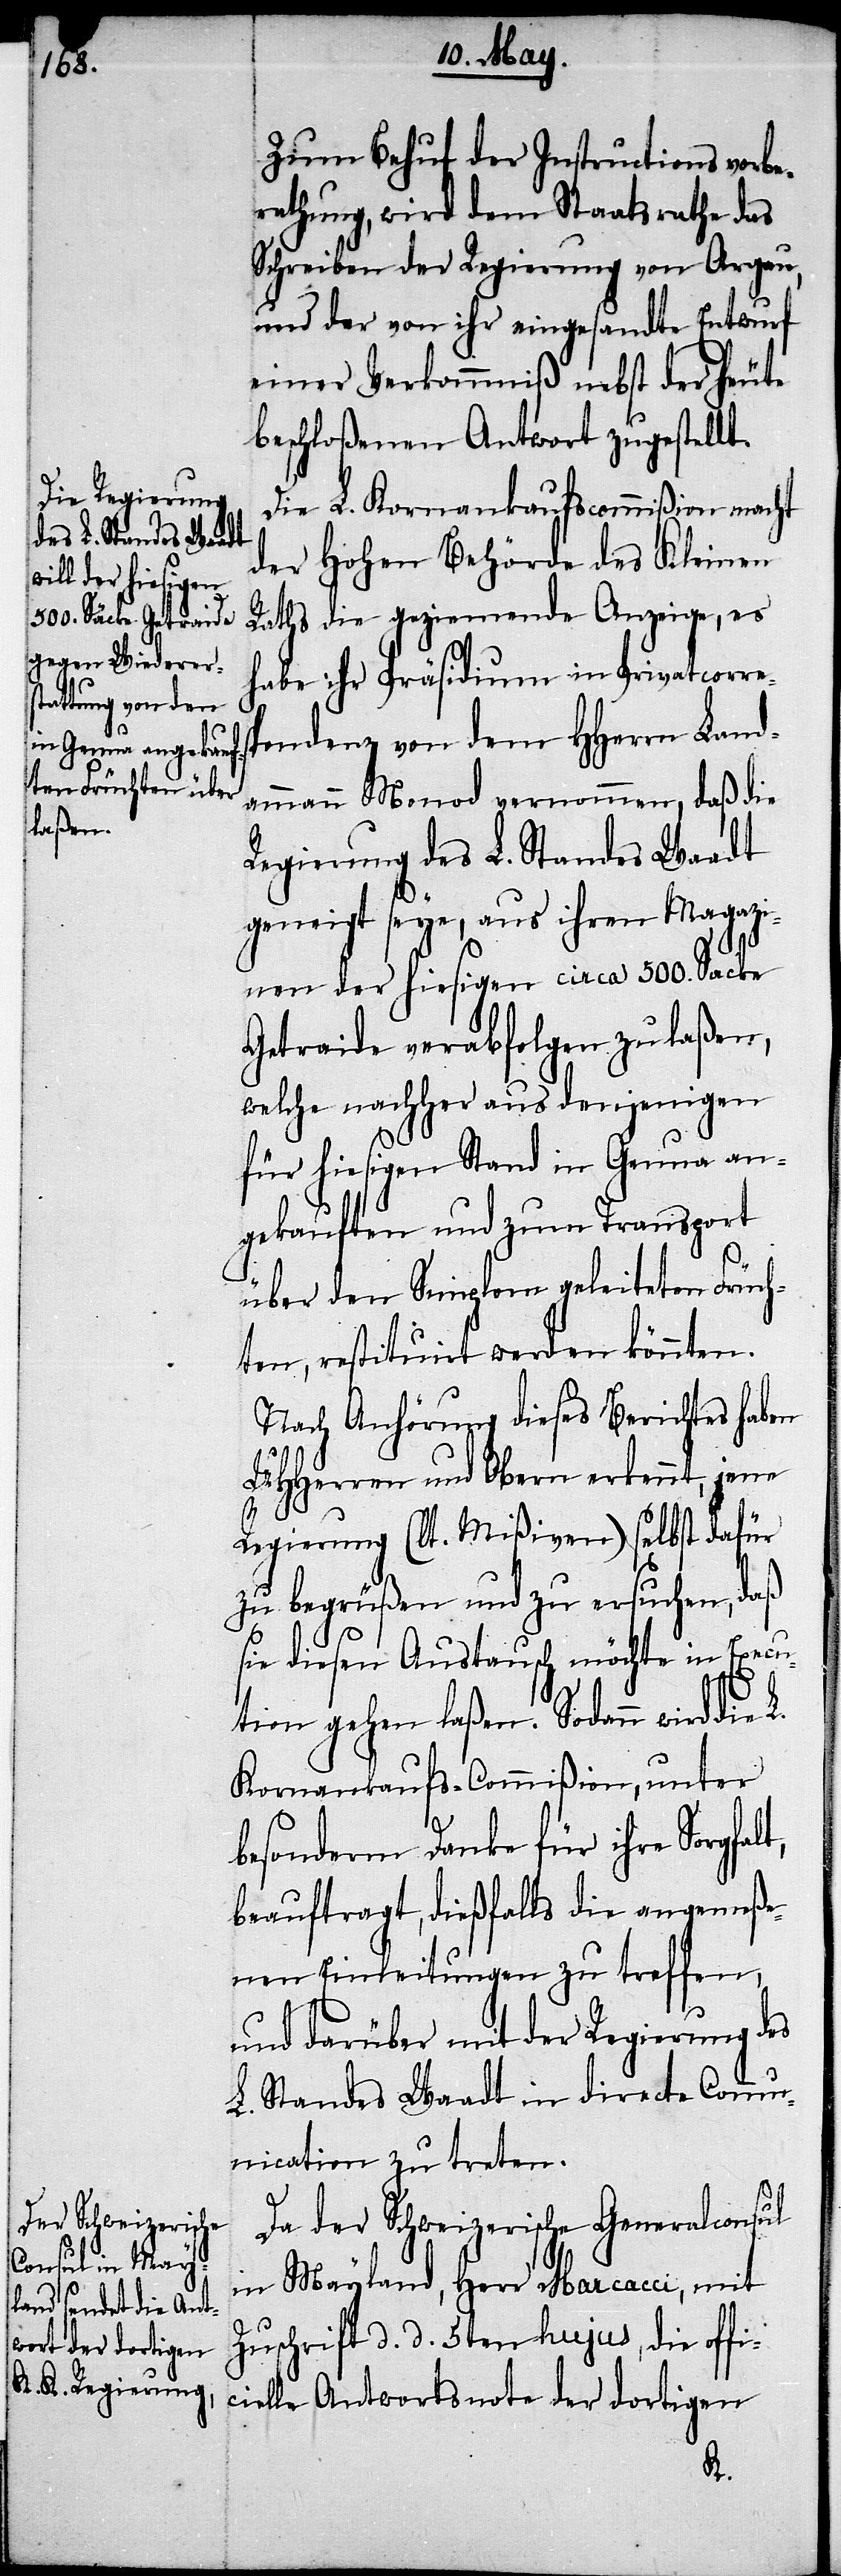
Zum Behuf der Instructionsvorbe¬
rathung, wird dem Staatsrathe das
Schreiben der Regierung von Argau,
und der von ihr eingesandte Entwurf
einer Verkommniß nebst der heute
beschloßenen Antwort zugestellt.
Die L. Kornankaufscommißion macht
der Hohen Behörde des Kleinen
Raths die geziemende Anzeige, es
habe ihr Präsidium in Privatcorre¬
pondenz von dem HHerrn Land¬
ammann Monod vernommen, daß die
Regierung des L. Standes Waadt
geneigt seye, aus ihren Magazi¬
nen der hiesigen circa 500. Säcke
Getraide verabfolgen zu laßen,
welche nachher aus denjenigen
für hiesigen Stand in Genua an¬
gekauften und zum Transport
über den Simplon geleiteten Früch¬
ten, restituirt werden könnten.
Nach Anhörung dieses Berichtes haben
UHHerren und Obern erkennt, jene
Regierung (lt. Mißiven) selbst dafür
zu begrüßen und zu ersuchen, daß
sie diesen Austausch möchte in Execu¬
s¬
tion gehen laßen. Sodann wird die L.
Kornankaufs-Commißion, unter
besonderm Danke für ihre Sorgfalt,
beauftragt, dießfalls die angemeße¬
nen Einleitungen zu treffen,
und darüber mit der Regierung des
L. Standes Waadt in directe Commu¬
nication zu treten.
Da der Schweizerische Generalconsul
in Mayland, Herr Marcacci, mit
Zuschrift d. d. 5ten hujus, die offi¬
cielle Antwortsnote der dortigen